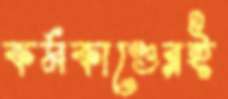
কর্মকাণ্ডেরই